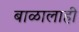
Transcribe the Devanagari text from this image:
बाळालाही